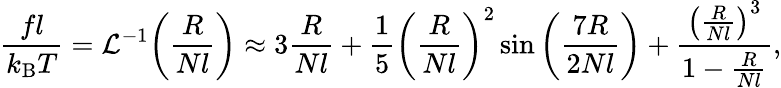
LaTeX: {\frac{fl}{k_{\mathrm{B}}T}}={\mathcal{L}}^{-1}{\left({\frac{R}{Nl}}\right)}\approx 3{\frac{R}{Nl}}+{\frac{1}{5}}\left({\frac{R}{Nl}}\right)^{2}\sin\left({\frac{7R}{2Nl}}\right)+{\frac{\left({\frac{R}{Nl}}\right)^{3}}{1-{\frac{R}{Nl}}}},